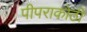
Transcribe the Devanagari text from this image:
पीपराकोठी